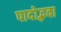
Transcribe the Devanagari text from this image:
पादोद्भवा